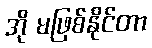
အို မဖြစ်နိုင်တာ